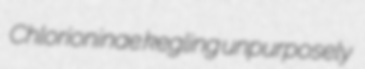
Chlorioninae kegling unpurposely